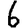
Digit: 6